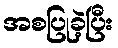
အစပြုခဲ့ပြီး